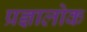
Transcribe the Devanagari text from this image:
प्रज्ञालोक